Mental hospitals Bombay report 1921-28 - 1921-1928
Year: 1921
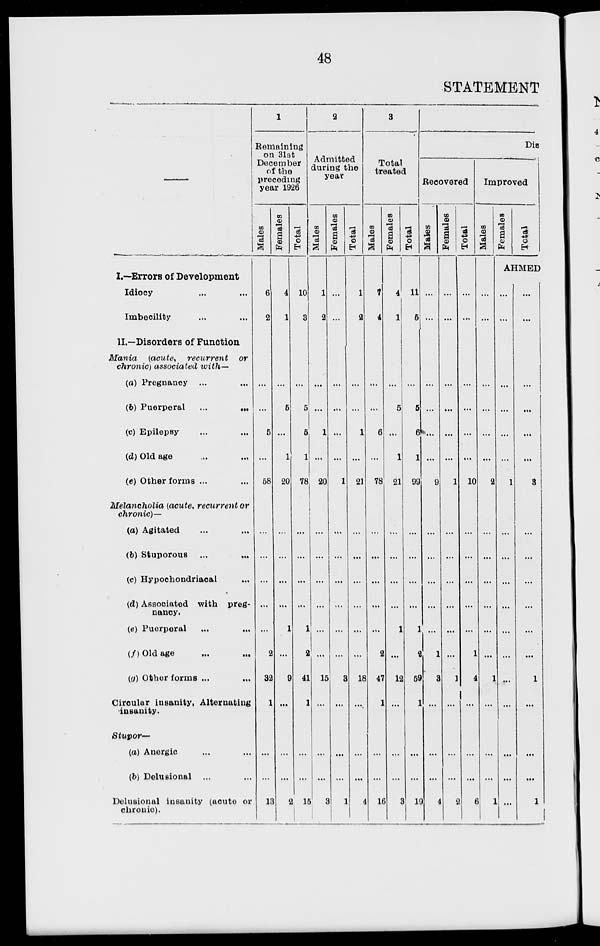
48
STATEMENT
—
I.—Errors of Development
Idiocy ... ...
Imbecility ... ...
II.—Disorders of Function
Mania
(acute,
recurrent
or
chronic) associated with—
(a) Pregnancy ... ...
(b) Puerperal ... ...
(c) Epilepsy ... ...
(d) Old age ... ...
(e) Other forms ... ...
Melancholia (acute, recurrent or
chronic)—
(a) Agitated ... ...
(b) Stuporous ... ...
(c) Hypochondriacal ... ...
(d) Associated with preg-
nancy.
(e) Puerperal ... ...
(f) Old age ... ...
(g) Other forms ... ...
Circular insanity. Alternating
insanity.
Stupor—
(a) Anergic ... ...
(b) Delusional ... ...
Delusional insanity (acute or
chronic).
1
Remaining
on 31st
December
of the
preceding
year 1926
Males
6
2
...
...
5
...
58
...
...
...
...
...
2
32
1
...
...
13
Females
4
1
...
5
...
1
20
...
...
...
...
1
...
9
...
...
...
2
Total
10
3
...
5
5
1
78
...
...
...
...
1
2
41
1
...
...
15
2
Admitted
during the
year
Males
1
2
...
...
1
...
20
...
...
...
...
...
...
15
...
...
...
3
Females
...
...
...
...
...
...
1
...
...
...
...
...
...
3
...
...
...
1
Total
1
2
...
...
1
...
21
...
...
...
...
...
...
18
...
...
...
4
3
Total
treated
Males
7
4
...
...
6
...
78
...
...
...
...
...
2
47
1
...
...
16
Females
4
1
...
5
...
1
21
...
...
...
...
1
...
12
...
...
...
3
Total
11
5
...
5
6
1
99
...
...
...
...
1
2
59
1
...
...
19
Dis
Recovered
Males
...
...
...
...
...
...
9
...
...
...
...
...
1
3
...
...
...
4
Females
...
...
...
...
...
...
1
...
...
...
...
...
...
1
...
...
...
2
Total
...
...
...
...
...
...
10
...
...
...
...
...
1
4
...
...
...
6
Improved
Males
...
...
...
...
...
...
2
...
...
...
...
...
...
1
...
...
...
1
Females
Total
AHMED
...
...
...
...
...
...
1
...
...
...
...
...
...
...
...
...
...
...
...
...
...
...
...
...
3
...
...
...
...
...
...
1
...
...
...
1